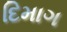
દિમાગ